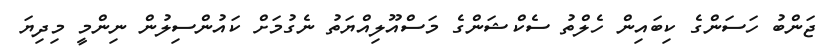
ޖަންބު ހަސަންގެ ކިބައިން ހެލްތު ސެކްޝަންގެ މަސްއޫލިއްޔަތު ނެގުމަށް ކައުންސިލުން ނިންމީ މިދިޔަ